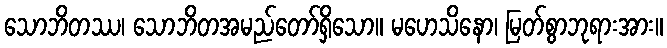
သောဘိတဿ၊ သောဘိတအမည်တော်ရှိသော။ မဟေသိနော၊ မြတ်စွာဘုရားအား။